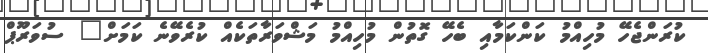
ކުރަންޖެހޭ މުހިއްމު ކަންކަމާއި ބެހޭ ގޮތުން މުހިއްމު މަޝްވަރާތަކެއް ކުރެވޭނެ ކަމަށް" ސުވަރޫޕް